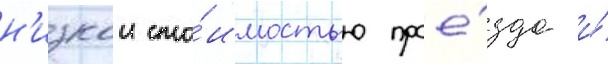
н'изкои сто́имостью прое́зда и́